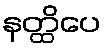
နတ္ထိပေ